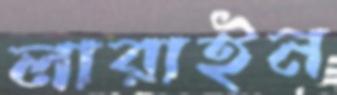
লারাইন